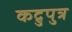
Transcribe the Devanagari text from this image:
कद्रुपुत्र